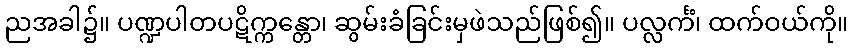
ညအခါ၌။ ပဏ္ဍပါတပဋိက္ကန္တော၊ ဆွမ်းခံခြင်းမှဖဲသည်ဖြစ်၍။ ပလ္လင်္ကံ၊ ထက်ဝယ်ကို။